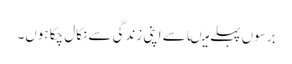
برسوں پہلے میںاسے اپنی زندگی سے نکال چکا ہوں۔